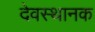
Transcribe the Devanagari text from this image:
देवस्थानक